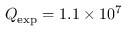
Q _ { \mathrm { e x p } } = 1 . 1 \times 1 0 ^ { 7 }